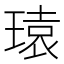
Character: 𪼄